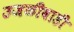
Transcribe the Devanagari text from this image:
उजळीवाडी